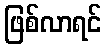
ဖြစ်လာရင်